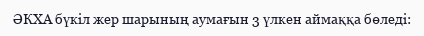
ӘКХА бүкіл жер шарының аумағын 3 үлкен аймаққа бөледі: